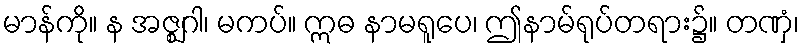
မာန်ကို။ န အဇ္ဈဂါ၊ မကပ်။ ဣဓ နာမရူပေ၊ ဤနာမ်ရုပ်တရား၌။ တဏှံ၊